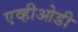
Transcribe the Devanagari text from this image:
एव्हीओडी